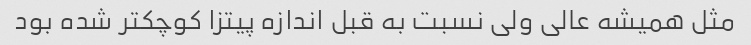
مثل همیشه عالی ولی نسبت به قبل اندازه پیتزا کوچکتر شده بود